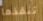
تنقذها